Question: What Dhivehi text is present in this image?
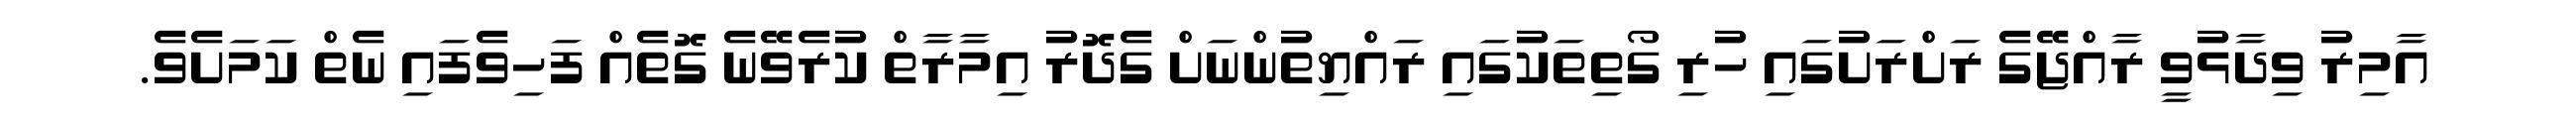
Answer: އާމިރު ވިދާޅުވީ ރާއްޖޭގެ ރަށްރަށުގައި ހުރި ގޯތިތަކުގައި ރައްޔިތުންނަށް ގެދޮރު އިމާރާތް ކުރެވޭނެ ގޮތެއް ފަހިވެފައި ނެތް ކަމަށެވެ.